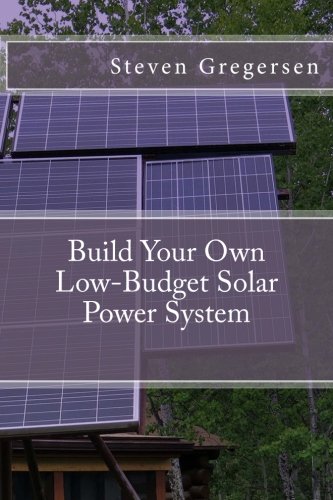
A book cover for Build Your Own Low-Budget Solar Power System; Steven Gregersen; Crafts, Hobbies & Home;